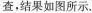
查，结果如图所示。